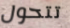
تتحول